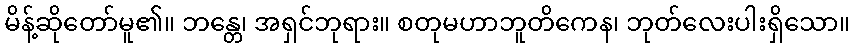
မိန့်ဆိုတော်မူ၏။ ဘန္တေ၊ အရှင်ဘုရား။ စတုမဟာဘူတိကေန၊ ဘုတ်လေးပါးရှိသော။